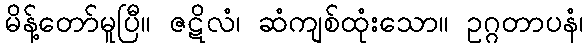
မိန့်တော်မူပြီ။ ဇဋိလံ၊ ဆံကျစ်ထုံးသော။ ဥဂ္ဂတာပနံ၊